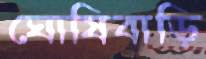
ঘোষিবাড়ি